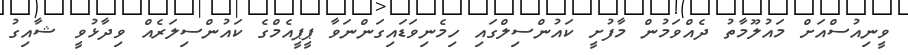
ވީނިއުސްއަށް މައުލޫމާތު ދެއްވަމުން މާފުށީ ކައުންސިލްގައި ހިމެނިވަޑައިގަންނަވާ ޕީޕީއެމްގެ ކައުންސިލަރެއް ވިދާޅުވީ ޝާއިގު